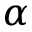
\alpha